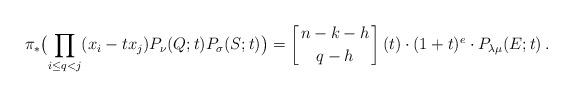
LaTeX: \begin{align*}\pi_*\bigl(\prod_{i \le q < j}(x_i-tx_j) P_{\nu}(Q;t) P_{\sigma}(S;t)\bigr)= \left[{n-k-h} \atop {q-h}\right](t) \cdot (1+t)^e \cdot P_{{\lambda}{\mu}}(E;t)\,.\end{align*}